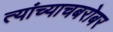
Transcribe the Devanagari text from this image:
त्यांच्याचबरोबर